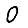
Digit: 0